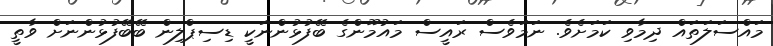
މައްސަލަތައް ދިމާވި ކަމަށެވެ. ނަމަވެސް ރައީސް މައުމޫންގެ ބޭފުޅުންނަކީ ޑިސިޕްލިން ބޭބޭފުޅުންނަށް ވާތީ